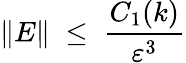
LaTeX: \| E\| \; \leq\; \frac{C_{1}(k)}{\varepsilon^{3}}